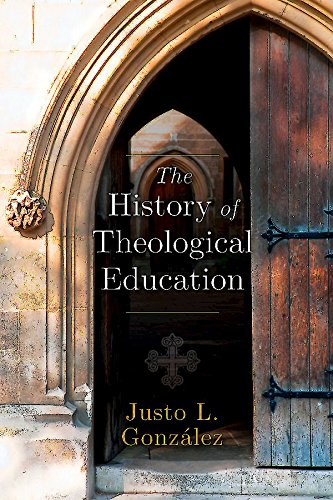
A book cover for The History of Theological Education; Justo L. GonzÃ¡lez; Christian Books & Bibles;